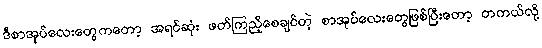
ဒီစာအုပ်လေးတွေကတော့ အရင်ဆုံး ဖတ်ကြည့်စေချင်တဲ့ စာအုပ်လေးတွေဖြစ်ပြီးတော့ တကယ်လို့